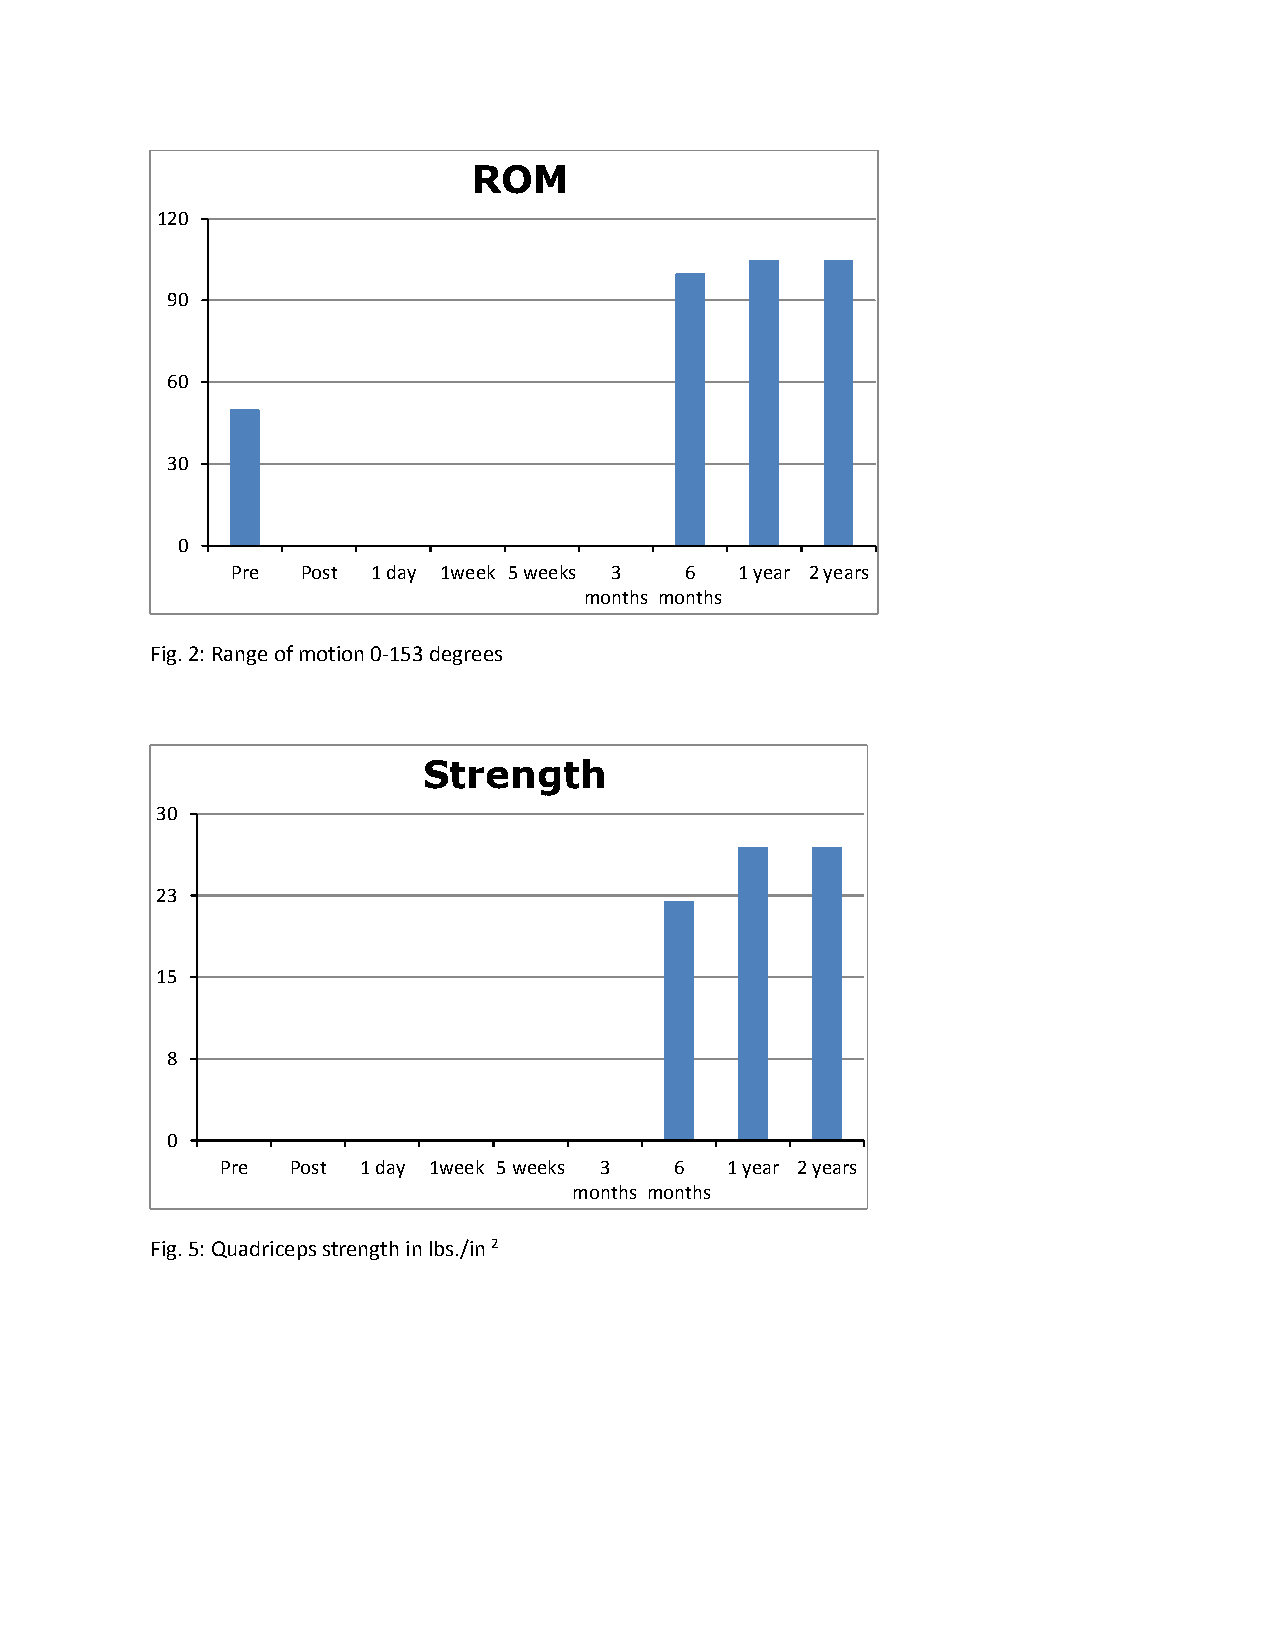
ROM
 120
 90
 60
 30
 0
 Pre  Post 1 day 1week 5 weeks 3 6 1 year 2 years
 months months
 Fig. 2: Range of motion 0-153 degrees
 Strength
 30
 23
 15
 8
 0
 Pre Post 1 day 1week 5 weeks 3 6 1 year 2 years
 months months
 Fig. 5: Quadriceps strength in lbs./in 2